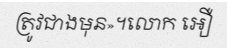
ត្រូវជាងមុន»។លោក អឿ